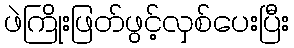
ဖဲကြိုးဖြတ်ဖွင့်လှစ်ပေးပြီး